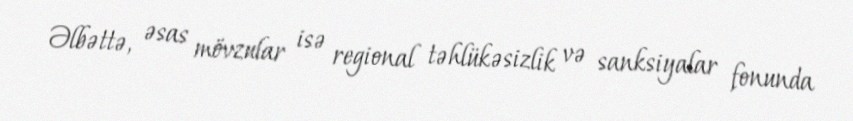
Əlbəttə, əsas mövzular isə regional təhlükəsizlik və sanksiyalar fonunda